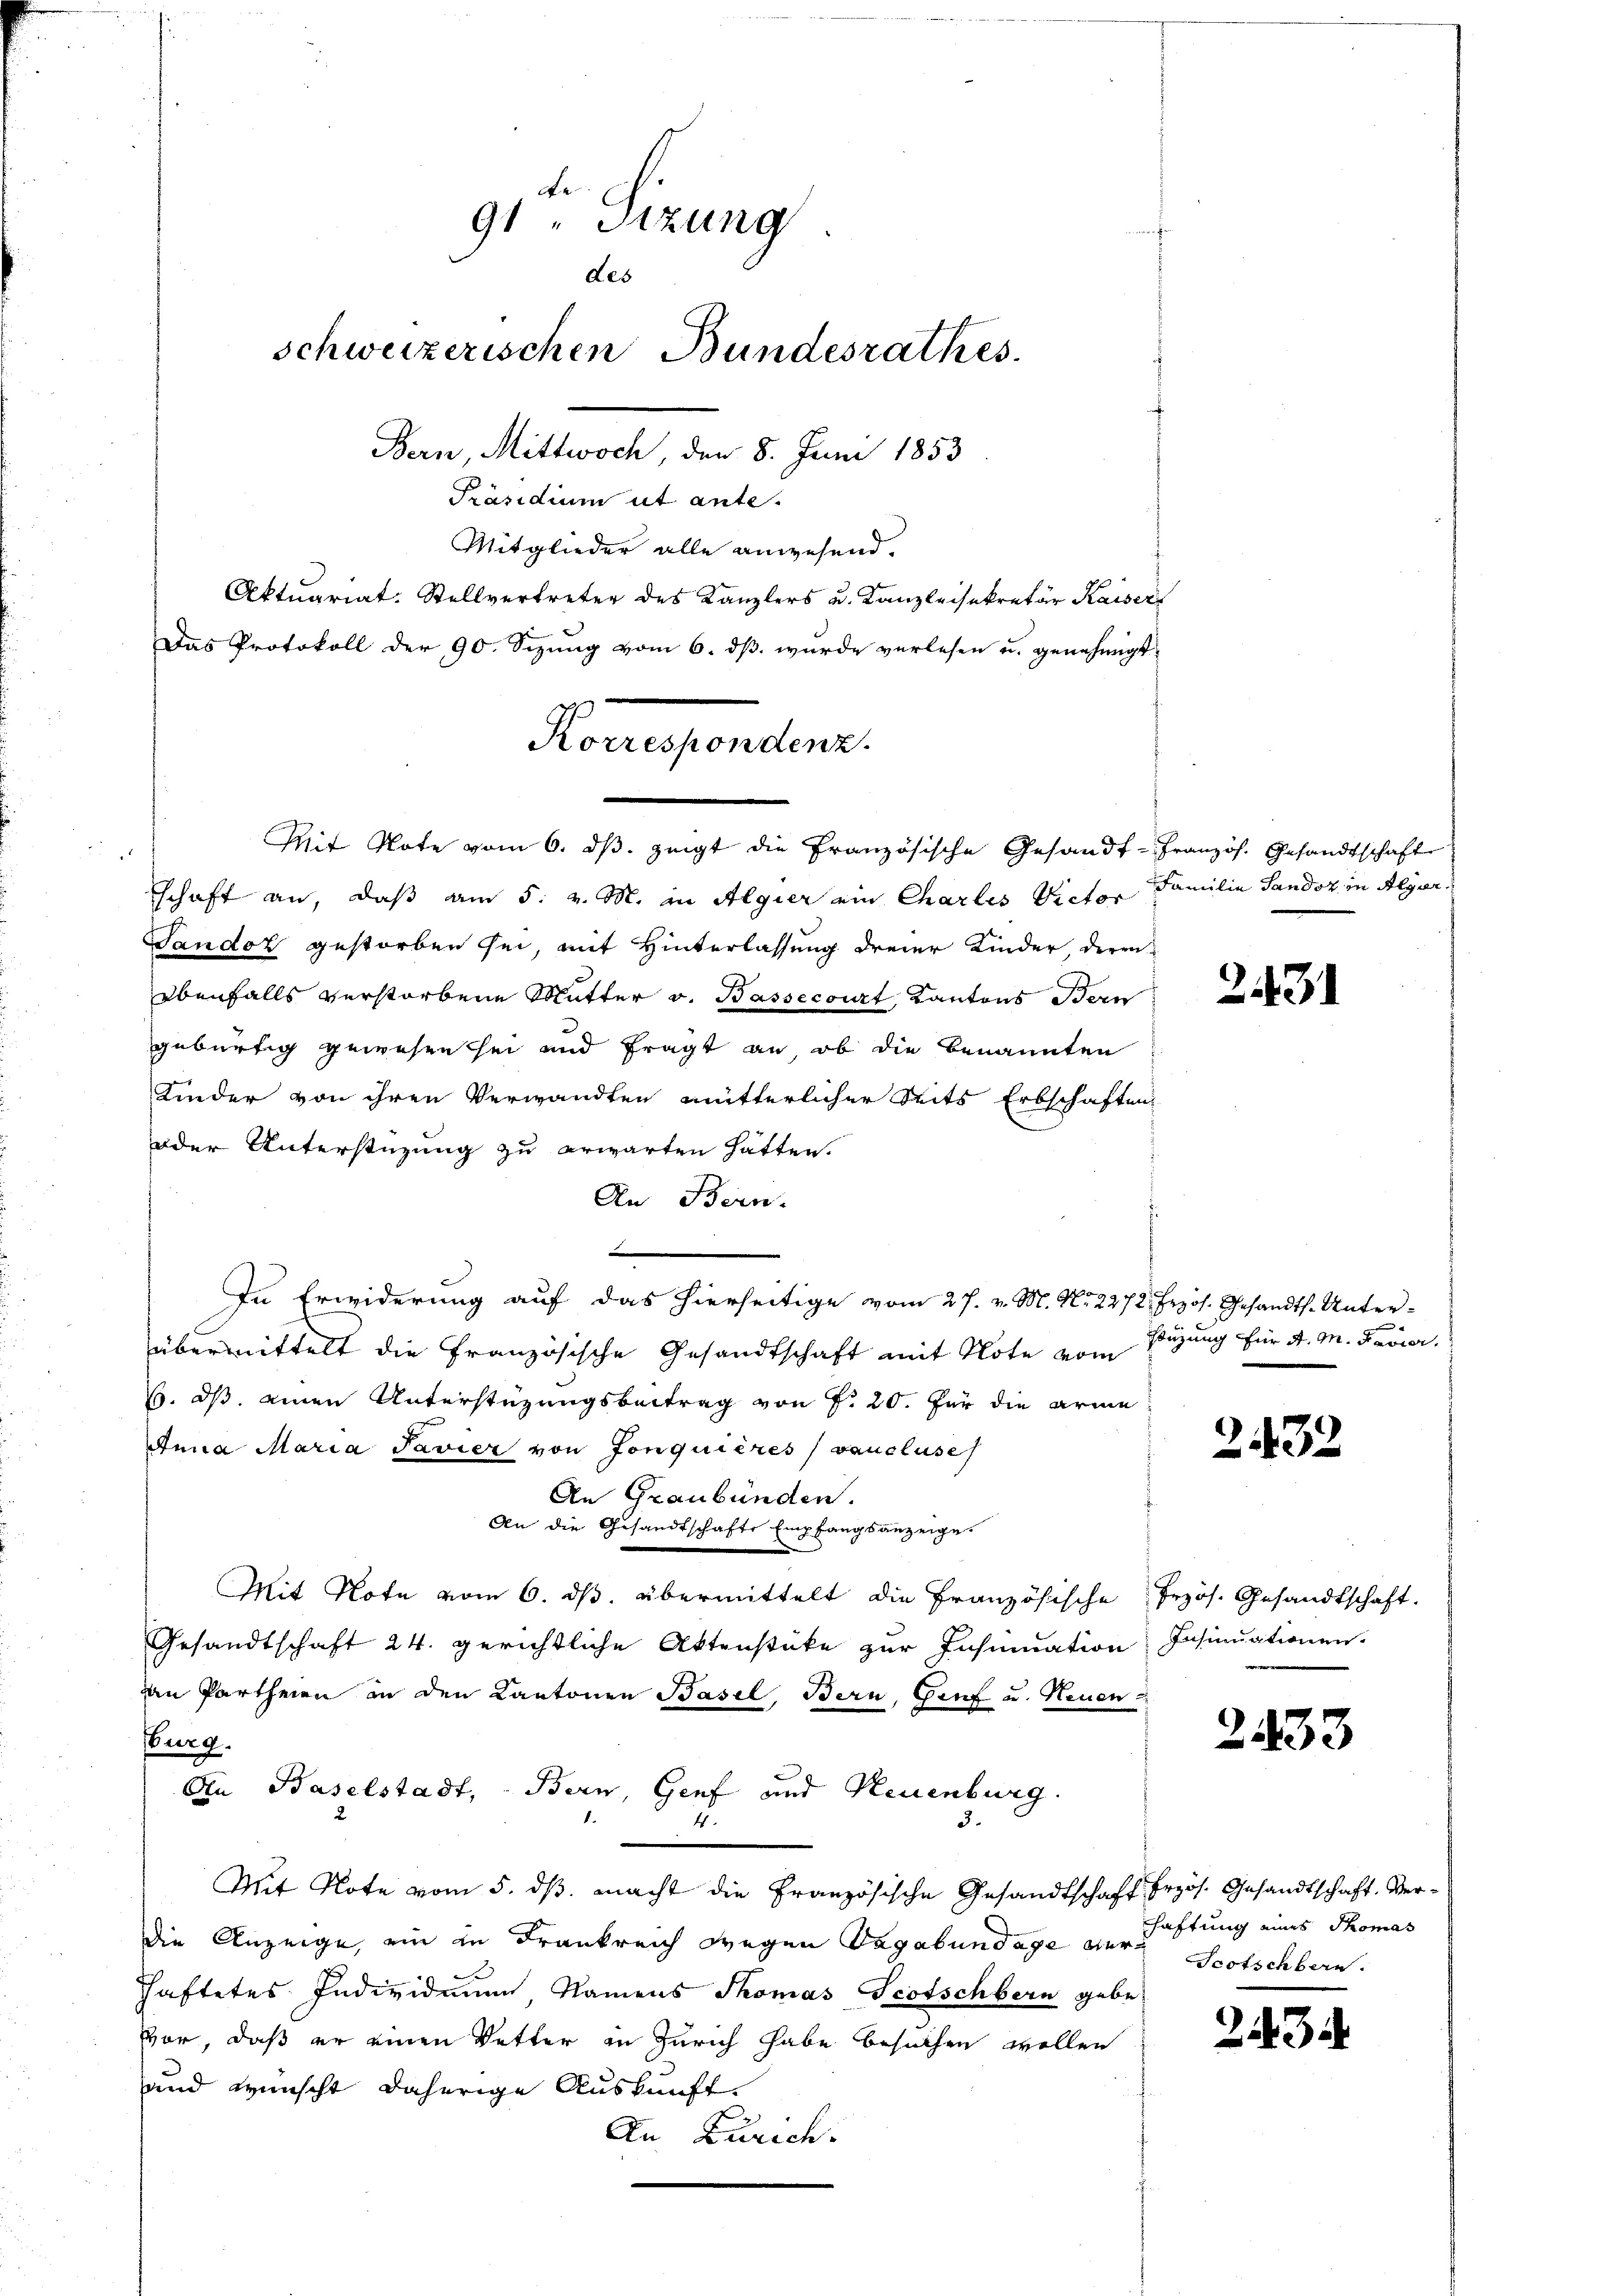
Bern, Mittwoch, den 8. Juni 1853
Präsidium ut ante.
Mitglieder alle anwesend.
Aktuariat-Stellvertreter des Kanzlers u. Kanzleisekretär Kaiser
Das Protokoll der 90. Sizung vom 6. dß wurde verlesen u. genehmigt
schaft an, daß am 5. v. M. in Algier ein Charles Victor Familie Sandoz in Algier
Tandoz gestorben sei, mit Hinterlassung dreier Kinder, deren
ebenfalls verstorbene Mutter v. Bassecourt, Kantons Bern
gebürtig gewesen sei und fragt an, ob die benannten
Kinder von ihren Verwandten mütterlicher Seits Erbschaften
oder Unterstüzung zu erwarten hätten.
An Bern.
.
übermittelt die Französische Gesandtschaft mit Note vom Eigung für A. M. Ferier.
6. ds. einen Unterstüzungsbeitrag von Fr. 20. für die arme
Anna Maria Pavier von Jonquières (vaucluse
An Graubünden.
An die Gesandtschafte Empfangsanzeige.
Mit Note vom 6. ds. übermittelt die Französische Jrzös. Gesandtschaft.
Gesandtschaft 24. gerichtliche Aktenstüke zur Insinuation Insinuationen.
an Partheien in den Kantonen Basel, Bern, Genf und Neuen
Burg.
An Baselstadt, Bern, Genf und Neuenburg.
3.
4.
Mit Note vom 5. dβ macht die Französische Gesandtschaft Przös. Gesandtschaft. Verdie Anzeige, ein in Frankreich wegen Vagabundage der Scotschbarn.
haftetes Individuum, Namens Thomas Scotschbern gebe
vor, daß er einen Vetter in Zürich habe besuchen wollen
und wünscht daherige Auskunft.
An Zürich.

d.
91 " Sizung
des
schweizerischen Bundesrathes.

Korrespondenz.
Mit Note vom 6. dβ zeigt die Französische Gesandt-Französ. Gesandtschaft

In Erwiderung auf das hierseitige vom 27. v. M. No 2272. Frzös. Gesandts. Unter¬

2431

2432

e

2433

haftung eines Thomas

243.